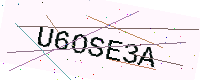
Text: U6OSE3A